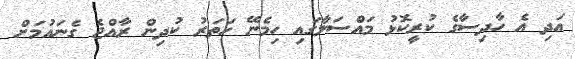
އަދި އެ ހާދިސާގެ ކުރީކޮޅު މައްސަލާގައި ހިމެނޭ ހަތަރު ކުދިން ރާއްޖެ ގެނައުމަށް